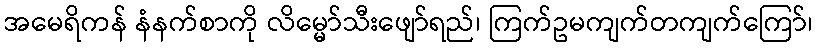
အမေရိကန် နံနက်စာကို လိမ္မော်သီးဖျော်ရည်၊ ကြက်ဥမကျက်တကျက်ကြော်၊